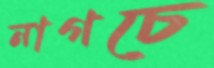
নাগচে